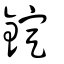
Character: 錠